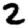
Digit: 2